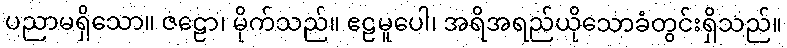
ပညာမရှိသော။ ဇဠော၊ မိုက်သည်။ ဧဠမူပေါ၊ အရိအရည်ယိုသောခံတွင်းရှိသည်။